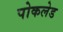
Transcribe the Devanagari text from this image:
पोकलेड